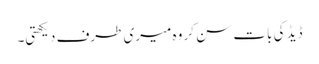
ڈیڈ کی بات سن کر وہ میری طرف دیکھتی۔